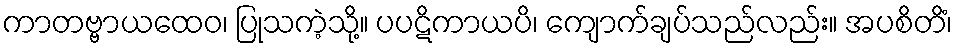
ကာတဗ္ဗာယထေဝ၊ ပြုသကဲ့သို့။ ပပဋိကာယပိ၊ ကျောက်ချပ်သည်လည်း။ အပစိတိံ၊